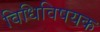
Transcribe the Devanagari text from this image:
विधिविषयक